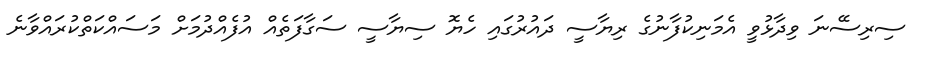
ސިރިސޭނަ ވިދާޅުވީ އެމަނިކުފާނުގެ ރިޔާސީ ދައުރުގައި ހެޔޮ ސިޔާސީ ސަގާފަތެއް އުފެއްދުމަށް މަސައްކަތްކުރައްވާނެ